Report of the Indian Hemp Drugs Commission, 1894-1895 - Volume I
Year: 1894
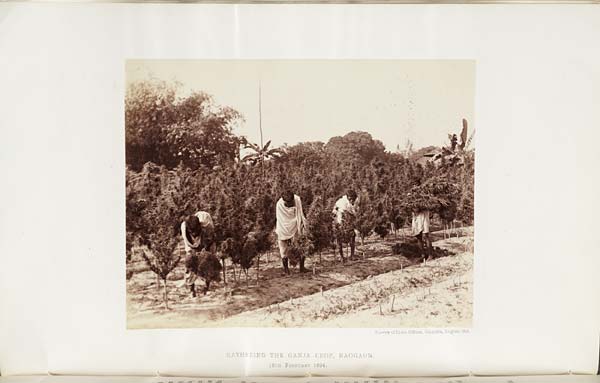
Survey of India Offices, Calcutta, August 1894.
GATHERING THE GANJA CROP, NAOGAON.
16TH
FEBRUARY
1894.